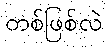
တစ်ဖြစ်လဲ